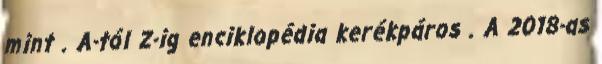
mint . A-tól Z-ig enciklopédia kerékpáros . A 2018-as